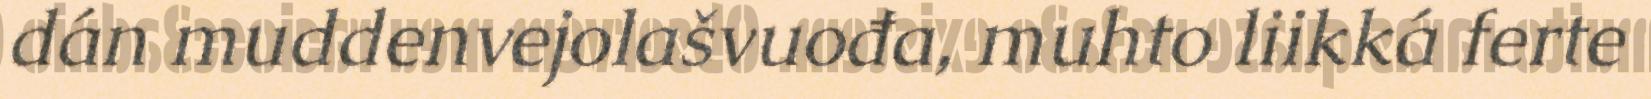
dán muddenvejolašvuođa, muhto liikká ferte